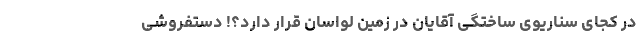
در کجای سناریوی ساختگی آقایان در زمین لواسان قرار دارد؟! دستفروشی